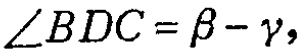
\(\angle BDC=\beta - \gamma\)